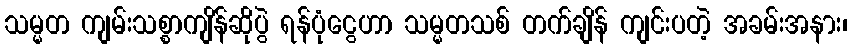
သမ္မတ ကျမ်းသစ္စာကျိန်ဆိုပွဲ ရန်ပုံငွေဟာ သမ္မတသစ် တက်ချိန် ကျင်းပတဲ့ အခမ်းအနား၊